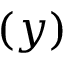
( y )